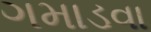
ગમાડવા